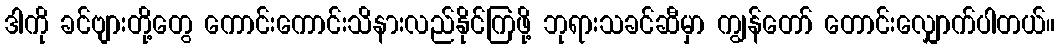
ဒါကို ခင်ဗျားတို့တွေ ကောင်းကောင်းသိနားလည်နိုင်ကြဖို့ ဘုရားသခင်ဆီမှာ ကျွန်တော် တောင်းလျှောက်ပါတယ်။